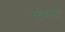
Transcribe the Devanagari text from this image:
सुकले